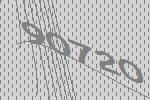
90720